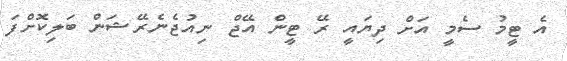
އެ ޓީމު ސެމީ އަށް ދިޔައީ ރޭ ޓީން އޭޖް ނިއުޖެނެރޭޝަން ބަލިކޮށްފަ